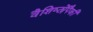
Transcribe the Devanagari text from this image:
वैशिष्ट्येंपैकी